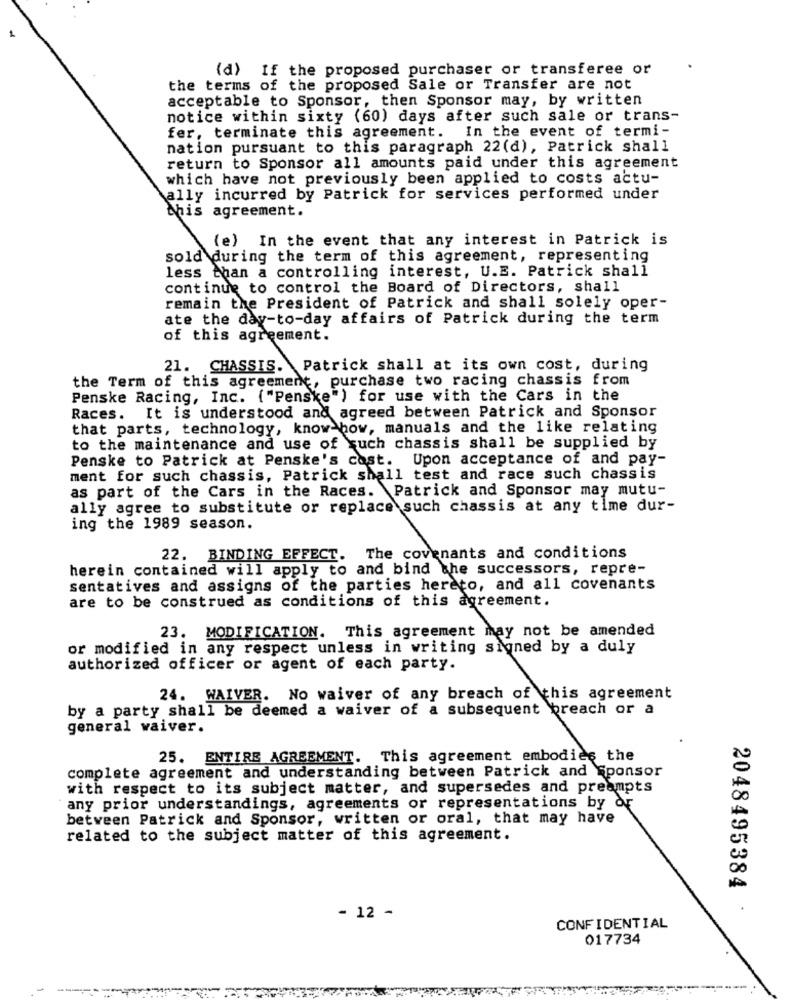
(d) If the proposed purchaser or transferee or
the terms of the proposed Sale or Transfer are not
acceptable to Sponsor, then Sponsor may, by written
notice within sixty (60) days after such sale or trans-
fer, terminate this agreement. In the event of termi-
nation pursuant to this paragraph 22(d), Patrick shall
return to Sponsor all amounts paid under this agreement
which have not previously been applied to costs actu-
ally incurred by Patrick for services performed under
this agreement.
(e) In the event that any interest in Patrick is
sold during the term of this agreement, representing
less than a controlling interest, U.E. Patrick shall
continue to control the Board of Directors, shall
remain the President of Patrick and shall solely oper-
ate the day-to-day affairs of Patrick during the term
of this agreement.
21. CHASSIS. Patrick shall at its own cost, during
the Term of this agreement, purchase two racing chassis from
Penske Racing, Inc. ("Penske") for use with the Cars in the
Races. It is understood and agreed between Patrick and Sponsor
that parts, technology, know-how, manuals and the like relating
to the maintenance and use of kuch chassis shall be supplied by
Penske to Patrick at Penske's cost. Upon acceptance of and pay-
ment for such chassis, Patrick shall test and race such chassis
as part of the Cars in the Races. Patrick and Sponsor may mutu-
ally agree to substitute or replace such chassis at any time dur-
ing the 1989 season.
22. BINDING EFFECT. The covenants and conditions
herein contained will apply to and bind the successors, repre-
sentatives and assigns of the parties hereto, and all covenants
are to be construed as conditions of this agreement.
23. MODIFICATION. This agreement may not be amended
or modified in any respect unless in writing signed by a duly
authorized officer or agent of each party.
24. WAIVER. No waiver of any breach of this agreement
by a party shall be deemed a waiver of a subsequent breach or a
general waiver.
25. ENTIRE AGREEMENT. This agreement embodies the
complete agreement and understanding between Patrick and Sponsor
with respect to its subject matter, and supersedes and preampts
any prior understandings, agreements or representations by or
between Patrick and Sponsor, written or oral, that may have
related to the subject matter of this agreement.
2048495384
- 12 -
CONFIDENTIAL
017734